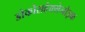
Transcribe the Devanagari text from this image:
डोकोसहेक्सेनोइक